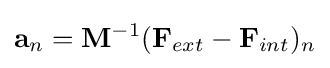
\mathbf {a} _{n}=\mathbf {M} ^{-1}(\mathbf {F} _{ext}-\mathbf {F} _{int})_{n}